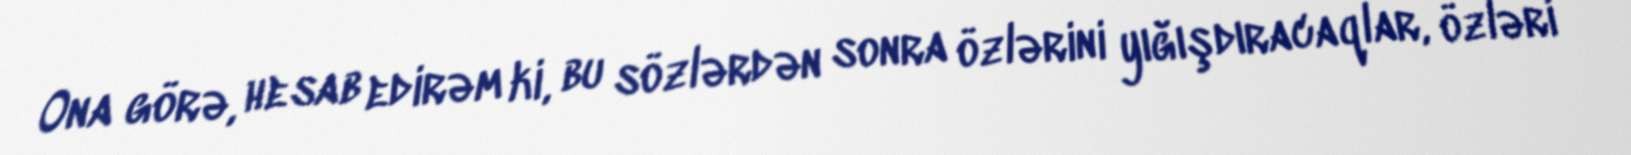
Ona görə, hesab edirəm ki, bu sözlərdən sonra özlərini yığışdıracaqlar, özləri